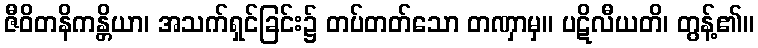
ဇီဝိတနိကန္တိယာ၊ အသက်ရှင်ခြင်း၌ တပ်တတ်သော တဏှာမှ။ ပဋိလီယတိ၊ တွန့်၏။